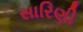
સારિણી